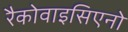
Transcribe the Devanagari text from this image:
रैकोवाइसिएनो